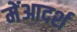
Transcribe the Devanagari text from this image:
मेंआदर्श